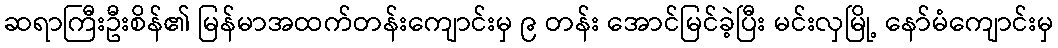
ဆရာကြီးဦးစိန်၏ မြန်မာအထက်တန်းကျောင်းမှ ၉ တန်း အောင်မြင်ခဲ့ပြီး မင်းလှမြို့ နော်မံကျောင်းမှ